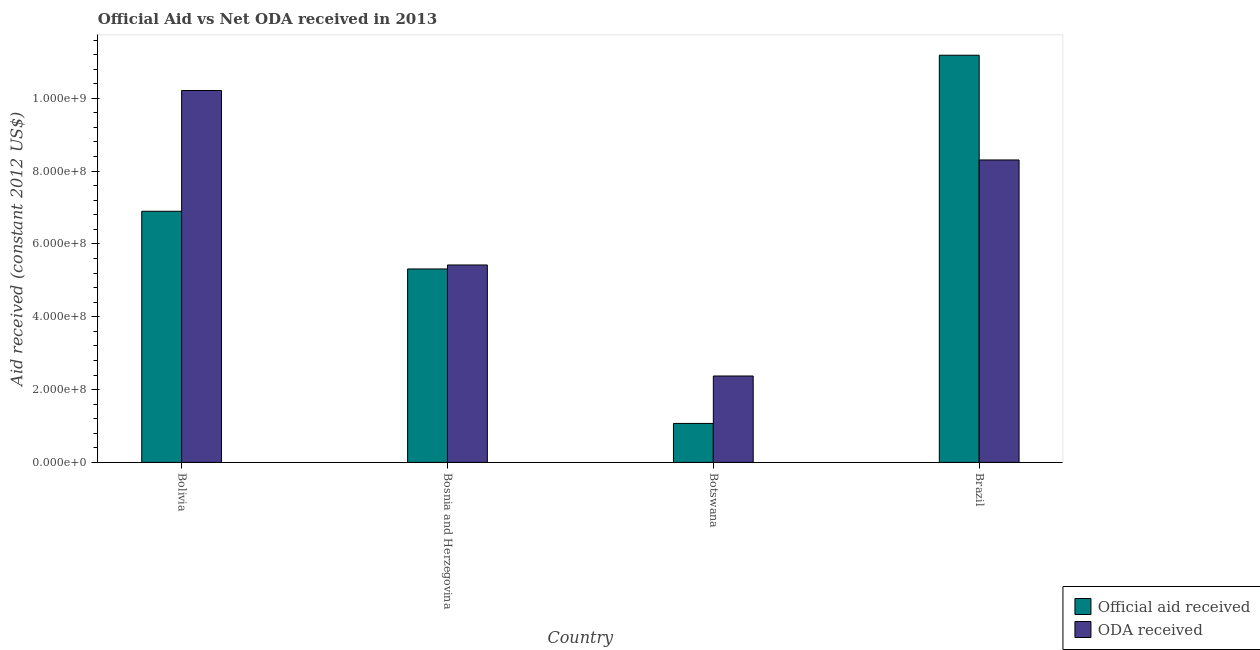
| Country | Official aid received | ODA received |
 | --- | --- | --- |
 | Bolivia | 6.9e+08 | 1.02e+09 |
 | Bosnia and Herzegovina | 5.31e+08 | 5.42e+08 |
 | Botswana | 1.07e+08 | 2.37e+08 |
 | Brazil | 1.12e+09 | 8.31e+08 |